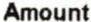
AMOUNT